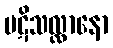
ပဋိသလ္လာနော